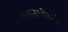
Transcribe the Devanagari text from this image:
चलनशीलहै